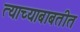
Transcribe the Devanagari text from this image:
त्याच्याबाबतीत